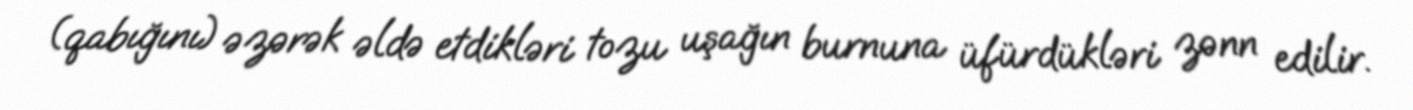
(qabığını) əzərək əldə etdikləri tozu uşağın burnuna üfürdükləri zənn edilir.